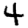
Digit: 4